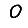
Digit: 0